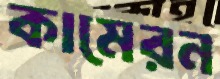
কামেরন